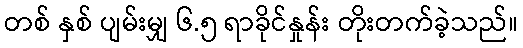
တစ် နှစ် ပျမ်းမျှ ၆.၅ ရာခိုင်နှုန်း တိုးတက်ခဲ့သည်။